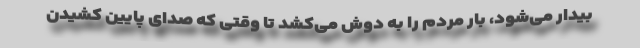
بیدار می‌شود، بار مردم را به دوش می‌کشد تا وقتی که صدای پایین کشیدن